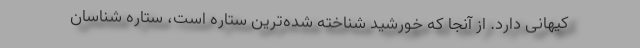
کیهانی دارد. از آنجا که خورشید شناخته شده‌ترین ستاره است، ستاره شناسان